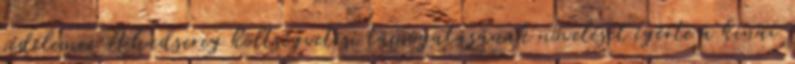
védelemre A hadsereg költségvetési támogatásának növelését ígérte a kínai